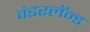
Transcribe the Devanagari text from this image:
वंडरलॅन्ड